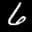
Label: 6